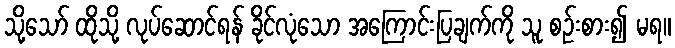
သို့သော် ထိုသို့ လုပ်ဆောင်ရန် ခိုင်လုံသော အကြောင်းပြချက်ကို သူ စဉ်းစား၍ မရ။